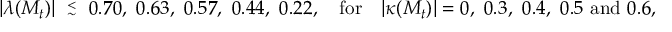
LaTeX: | \lambda ( M _ { t } ) | \ \stackrel { < } { { } _ { \sim } } \ 0 . 7 0 , \ 0 . 6 3 , \ 0 . 5 7 , \ 0 . 4 4 , \ 0 . 2 2 , \quad \mathrm { f o r } \quad | \kappa ( M _ { t } ) | = 0 , \ 0 . 3 , \ 0 . 4 , \ 0 . 5 \ \mathrm { a n d } \ 0 . 6 ,